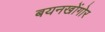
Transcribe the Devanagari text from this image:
बयनखोंगोर